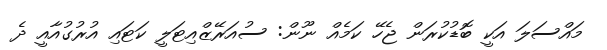
މައްސަލަ އަކީ ބޮޑުކުރަން ޖެހޭ ކަމެއް ނޫން: ސުއަރޭޒްއިޓަލީ ކަޓައި އުރުގުއާއީ ދެ